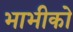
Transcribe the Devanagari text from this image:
भाभीको